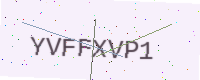
Text: YVFFXVP1